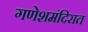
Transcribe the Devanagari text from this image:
गणेशमंदिरात